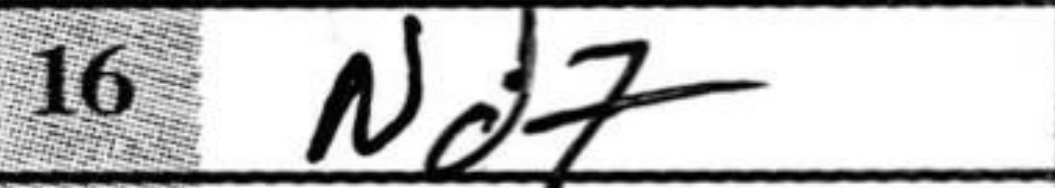
Transcription: Nd7